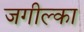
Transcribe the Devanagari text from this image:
जगील्का